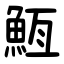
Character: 䱍